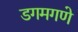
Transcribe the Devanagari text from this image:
डगमगणे